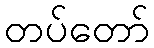
တပ်တော်